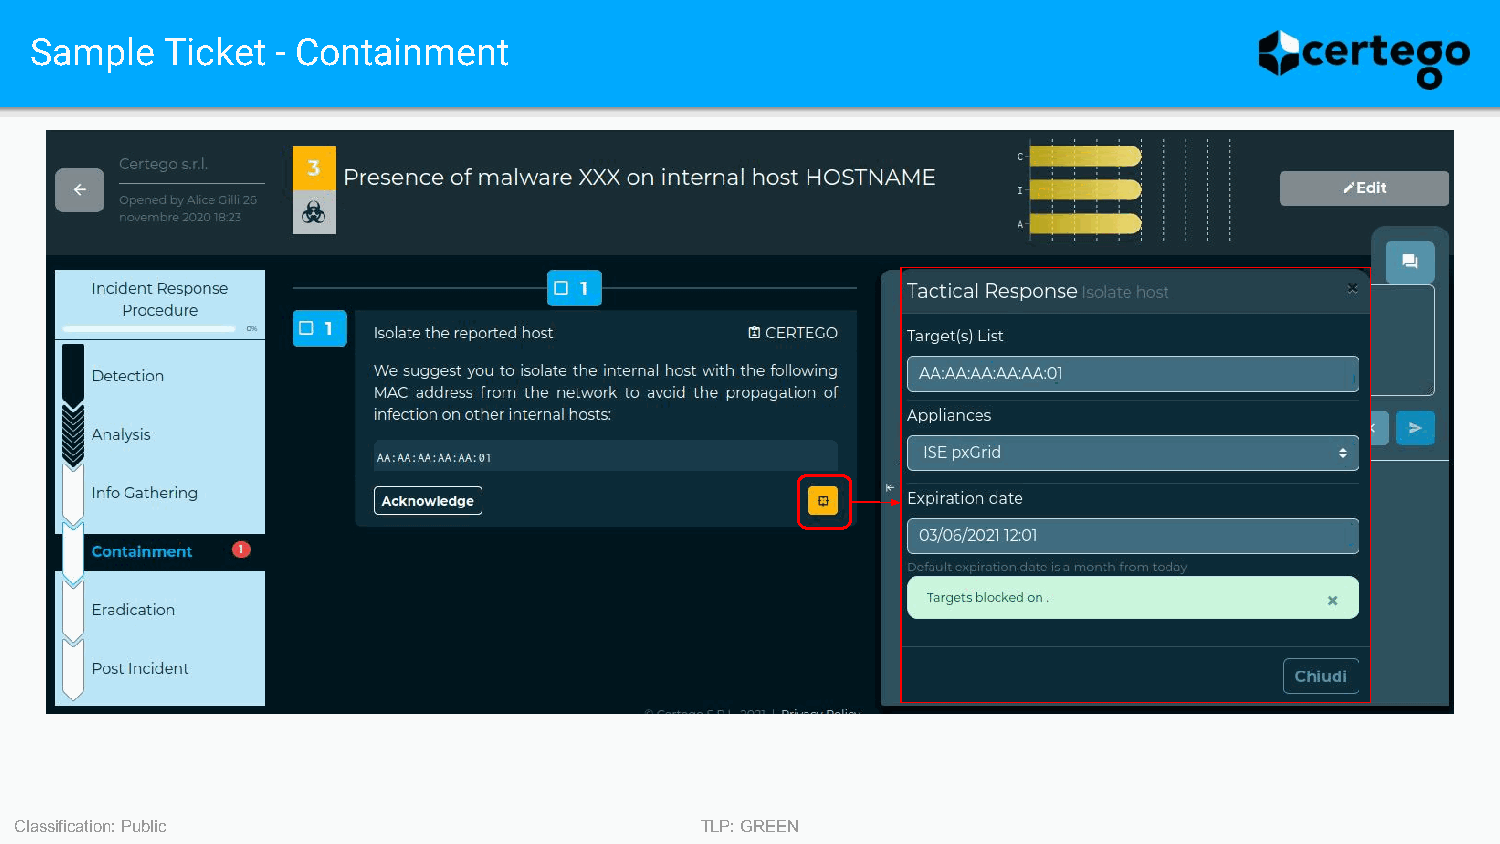
Sample   Ticket - Containment
 Classification: Public                       TLP: GREEN